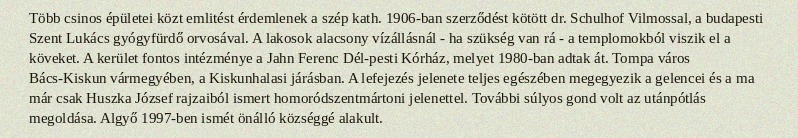
Több csinos épületei közt emlitést érdemlenek a szép kath. 1906-ban szerződést kötött dr. Schulhof Vilmossal, a budapesti Szent Lukács gyógyfürdő orvosával. A lakosok alacsony vízállásnál - ha szükség van rá - a templomokból viszik el a köveket. A kerület fontos intézménye a Jahn Ferenc Dél-pesti Kórház, melyet 1980-ban adtak át. Tompa város Bács-Kiskun vármegyében, a Kiskunhalasi járásban. A lefejezés jelenete teljes egészében megegyezik a gelencei és a ma már csak Huszka József rajzaiból ismert homoródszentmártoni jelenettel. További súlyos gond volt az utánpótlás megoldása. Algyő 1997-ben ismét önálló községgé alakult.